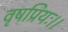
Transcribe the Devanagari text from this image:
वृषप्रियः।।